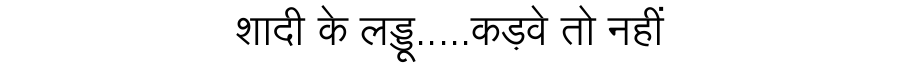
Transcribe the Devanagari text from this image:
शादी के लड्डू.....कड़वे तो नहीं